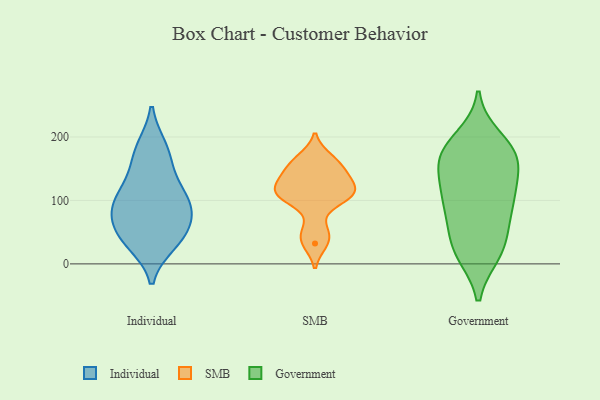
{"axis": {"x": "Page Views", "y": "Value"}, "legend": ["Government", "Individual", "SMB"], "data": [{"x": "", "y": 50, "type": "Individual"}, {"x": "", "y": 148, "type": "Individual"}, {"x": "", "y": 179, "type": "Individual"}, {"x": "", "y": 36, "type": "Individual"}, {"x": "", "y": 74, "type": "Individual"}, {"x": "", "y": 99, "type": "Individual"}, {"x": "", "y": 33, "type": "Individual"}, {"x": "", "y": 183, "type": "Individual"}, {"x": "", "y": 93, "type": "Individual"}, {"x": "", "y": 86, "type": "Individual"}, {"x": "", "y": 97, "type": "Individual"}, {"x": "", "y": 124, "type": "Individual"}, {"x": "", "y": 46, "type": "Individual"}, {"x": "", "y": 130, "type": "SMB"}, {"x": "", "y": 155, "type": "SMB"}, {"x": "", "y": 32, "type": "SMB"}, {"x": "", "y": 142, "type": "SMB"}, {"x": "", "y": 118, "type": "SMB"}, {"x": "", "y": 103, "type": "SMB"}, {"x": "", "y": 104, "type": "SMB"}, {"x": "", "y": 167, "type": "SMB"}, {"x": "", "y": 52, "type": "SMB"}, {"x": "", "y": 112, "type": "SMB"}, {"x": "", "y": 198, "type": "Government"}, {"x": "", "y": 42, "type": "Government"}, {"x": "", "y": 124, "type": "Government"}, {"x": "", "y": 17, "type": "Government"}, {"x": "", "y": 162, "type": "Government"}, {"x": "", "y": 162, "type": "Government"}, {"x": "", "y": 115, "type": "Government"}, {"x": "", "y": 164, "type": "Government"}, {"x": "", "y": 183, "type": "Government"}, {"x": "", "y": 53, "type": "Government"}, {"x": "", "y": 88, "type": "Government"}, {"x": "", "y": 92, "type": "Government"}, {"x": "", "y": 16, "type": "Government"}, {"x": "", "y": 167, "type": "Government"}, {"x": "", "y": 118, "type": "Government"}, {"x": "", "y": 181, "type": "Government"}, {"x": "", "y": 87, "type": "Government"}, {"x": "", "y": 18, "type": "Government"}]}